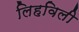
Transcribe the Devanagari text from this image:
लिहविली